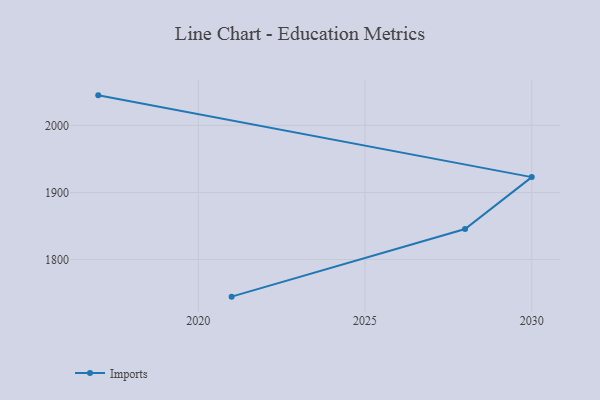
{"axis": {"x": "Year", "y": "Headcount"}, "legend": ["Imports"], "data": [{"x": "2017", "y": 2044.8, "type": "Imports"}, {"x": "2030", "y": 1922.9, "type": "Imports"}, {"x": "2028", "y": 1845.6, "type": "Imports"}, {"x": "2021", "y": 1744.7, "type": "Imports"}]}